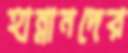
হান্নানদের